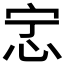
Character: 𫹿